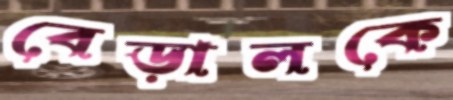
বেড়ালকে